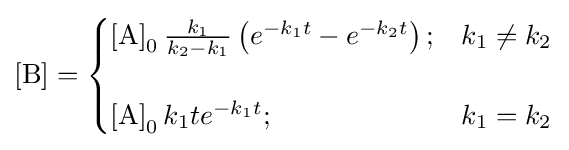
\left[{\ce {B}}\right]={\begin{cases}\left[{\ce {A}}\right]_{0}{\frac {k_{1}}{k_{2}-k_{1}}}\left(e^{-k_{1}t}-e^{-k_{2}t}\right);&k_{1}\neq k_{2}\\\\\left[{\ce {A}}\right]_{0}k_{1}te^{-k_{1}t};&k_{1}=k_{2}\\\end{cases}}